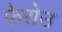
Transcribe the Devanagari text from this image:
फेरोउ